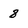
Character: 8